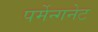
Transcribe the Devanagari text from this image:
पर्मेन्गनेट